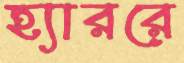
হ্যাররে